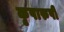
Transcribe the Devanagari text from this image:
कृपारुपी